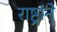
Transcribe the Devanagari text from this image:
राष्ट्रांने